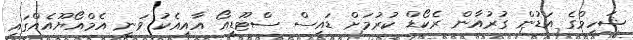
ޝަހީމްގެ އަޑުން ގުރުއާާން ރެކޯޑް ކުރުމަށް ޑައިސް ސްޓޫޑީއޯ އާއިއެކު ވަނީ އެމްއޯޔޫއެއްގައި